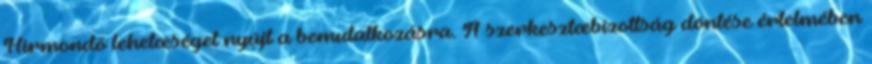
Hírmondó lehetœséget nyújt a bemutatkozásra. A szerkesztœbizottság döntése értelmében